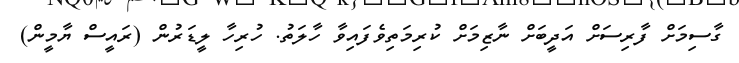
ގާސިމަށް ފާރިސަށް އަދީބަށް ނާޒިމަށް ކުރިމަތިވެފައިވާ ހާލަތު. ހުރިހާ ލީޑަރުން (ރައީސް ޔާމީން)